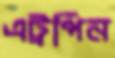
এট্রপিন